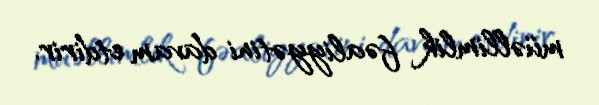
müəllimlik fəaliyyətini davam etdirir.